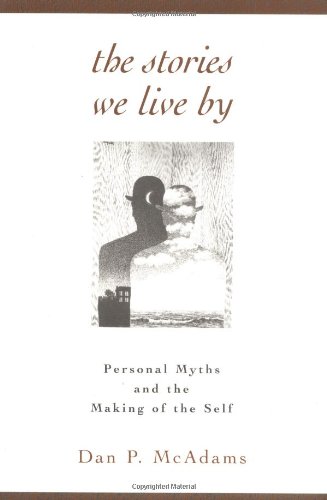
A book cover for The Stories We Live By: Personal Myths and the Making of the Self; Dan P. MacAdams; Health, Fitness & Dieting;